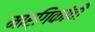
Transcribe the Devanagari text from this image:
मार्गिकांची